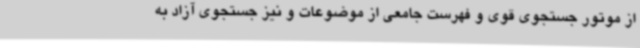
از موتور جستجوی قوی و فهرست جامعی از موضوعات و نیز جستجوی آزاد به